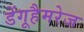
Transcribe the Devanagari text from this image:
डेंगूहैमरेज